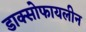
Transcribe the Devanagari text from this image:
डाक्सोफायलीन